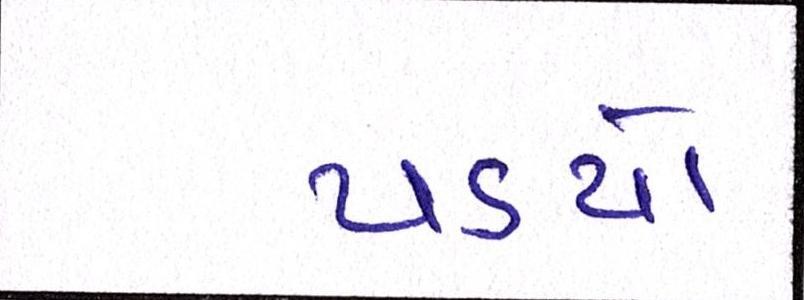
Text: પડયો